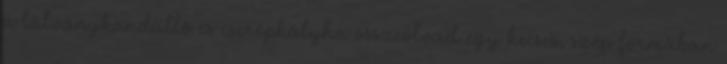
a látványkandalló és cserépkályha összeolvad egy kecses, szép formában